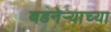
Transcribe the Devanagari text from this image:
बडनेर्‍याच्या